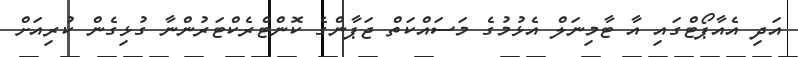
އަދި އެއާޕޯޓްގައި އާ ޓާމިނަލް އެޅުމުގެ މަސައްކަތް ޖަޕާންގެ ކޮންޓްރެކްޓަރުންނާ ގުޅިގެން ކުރިއަށް